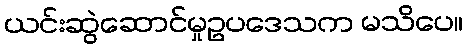
ယင်းဆွဲဆောင်မှုဥပဒေသက မသိပေ။